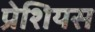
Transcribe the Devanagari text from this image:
प्रेशियस